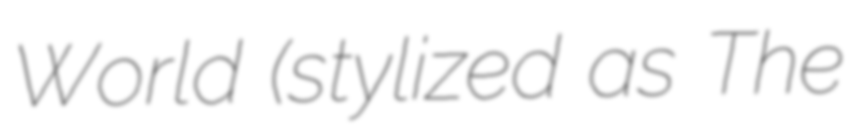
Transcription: World (stylized as The